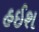
હઈશ